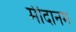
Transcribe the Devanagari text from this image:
मीदानम